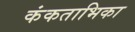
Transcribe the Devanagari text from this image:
कंकताभिका